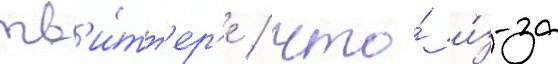
тв'и́тт'ер'е / что́ и́з-за